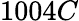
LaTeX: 1004C